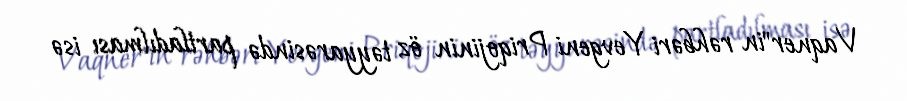
Vaqner"in rəhbəri Yevgeni Priqojinin öz təyyarəsində partladılması isə